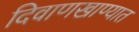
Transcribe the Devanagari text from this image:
दिवाणखाण्यात